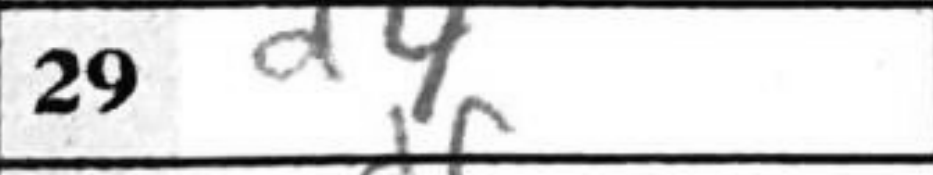
Transcription: d4